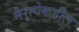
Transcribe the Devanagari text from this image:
नैरृत्येकडील